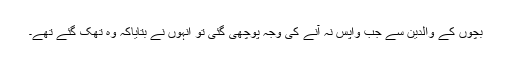
بچوں کے والدین سے جب واپس نہ آنے کی وجہ پوچھی گئی تو انہوں نے بتایاکہ وہ تھک گئے تھے۔